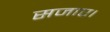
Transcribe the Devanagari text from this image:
सजाए।